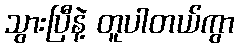
သွားပြီနဲ့ တူပါတယ်ကွာ